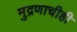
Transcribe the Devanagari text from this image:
मुद्रणाचीही